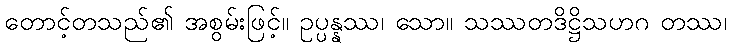
တောင့်တသည်၏ အစွမ်းဖြင့်။ ဥပ္ပန္နဿ၊ သော။ သဿတဒိဋ္ဌိသဟဂ တဿ၊